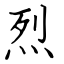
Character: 烈